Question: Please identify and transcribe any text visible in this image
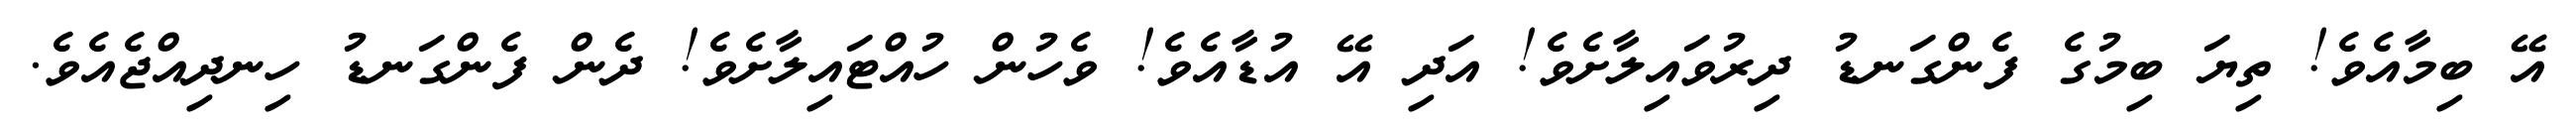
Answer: އޭ ބިމާއެވެ! ތިޔަ ބިމުގެ ފެންގަނޑު ދިރުވައިލާށެވެ! އަދި އޭ އުޑާއެވެ! ވެހުން ހުއްޓައިލާށެވެ! ދެން ފެންގަނޑު ހިނދިއްޖެއެވެ.